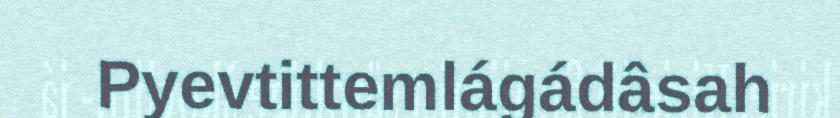
Pyevtittemlágádâsah